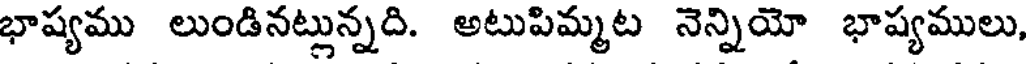
భాష్యము లుండినట్లున్నది. అటుపిమ్మట నెన్నియో భాష్యములు,